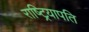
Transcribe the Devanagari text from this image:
राष्ट्रियापति